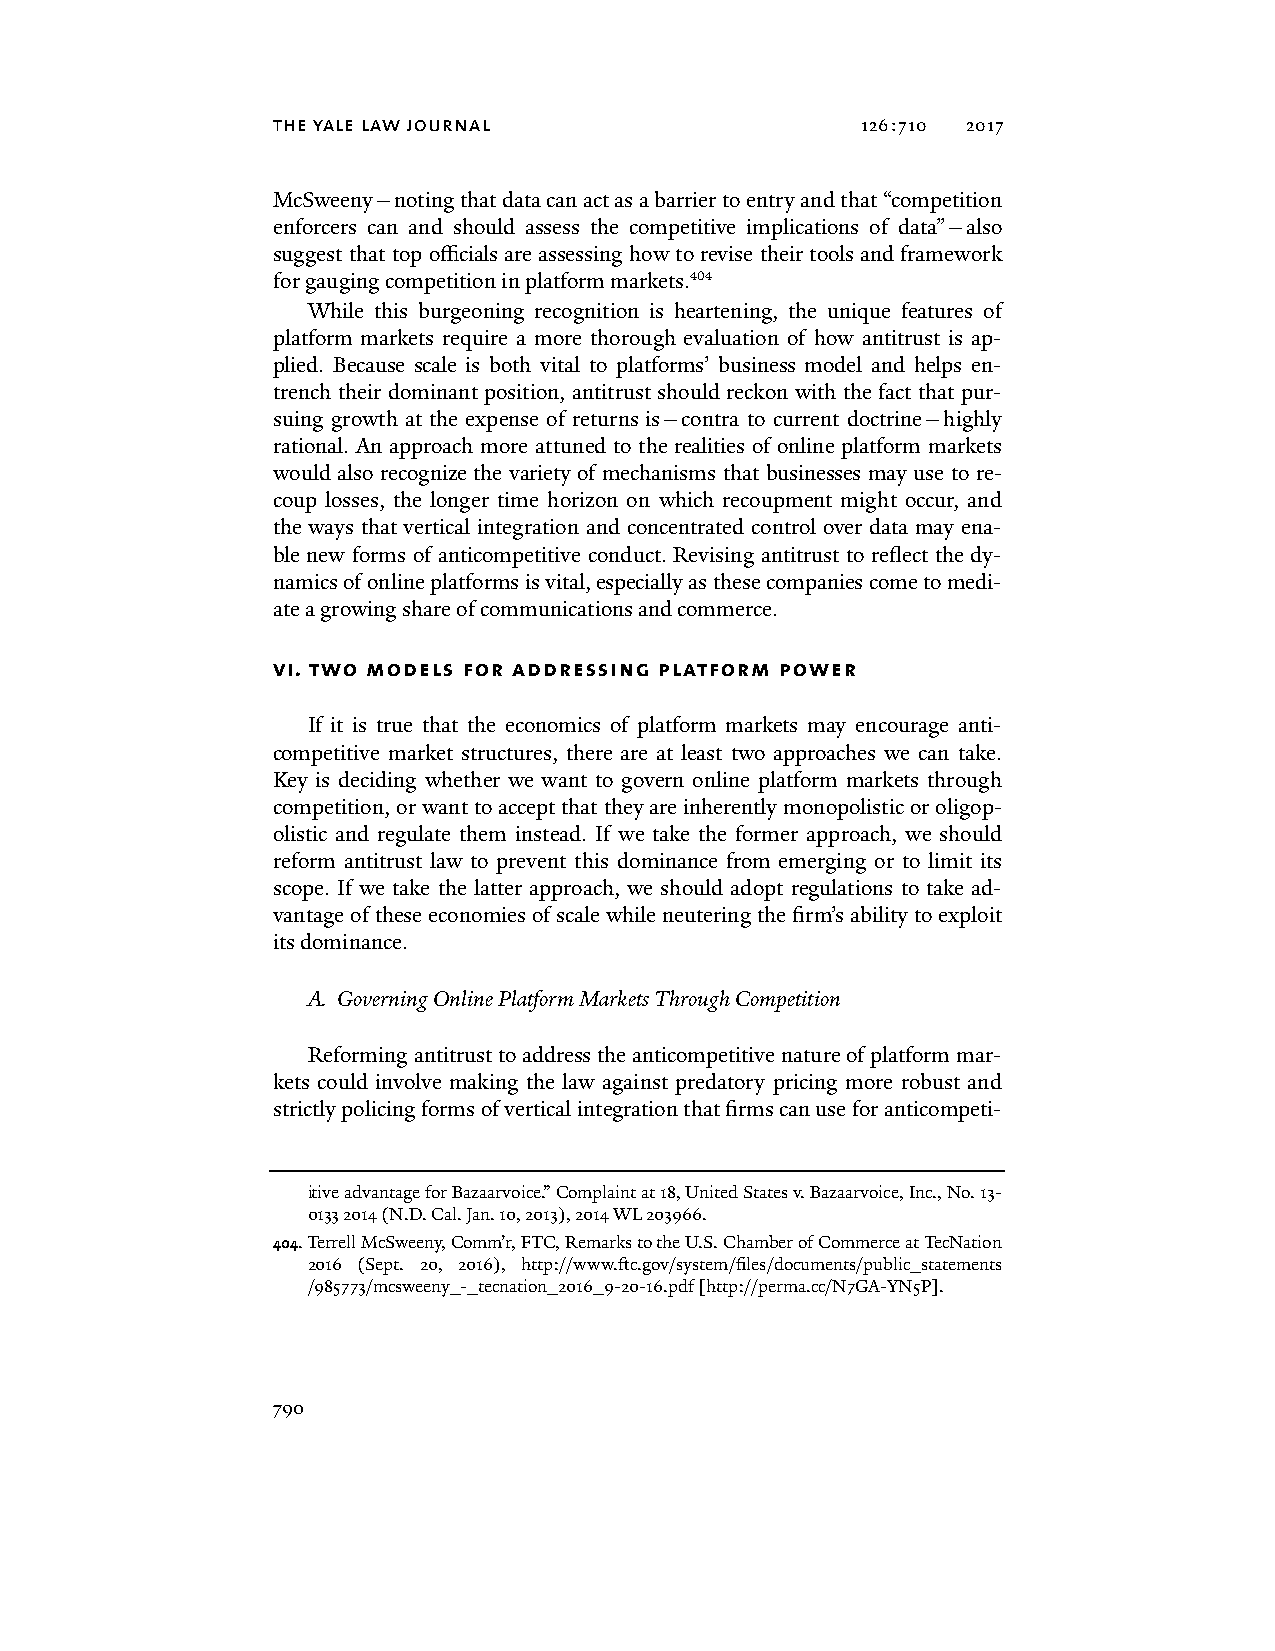
the yale law journal                   126:710 2017
 McSweeny—noting that data can act as a barrier to entry and that “competition
 enforcers can and should assess the competitive implications of data”—also
 suggest that top officials are assessing how to revise their tools and framework
 for gauging competition in platform markets.404
 While this burgeoning recognition is heartening, the unique features of
 platform markets require a more thorough evaluation of how antitrust is ap-
 plied. Because scale is both vital to platforms’ business model and helps en-
 trench their dominant position, antitrust should reckon with the fact that pur-
 suing growth at the expense of returns is—contra to current doctrine—highly
 rational. An approach more attuned to the realities of online platform markets
 would also recognize the variety of mechanisms that businesses may use to re-
 coup losses, the longer time horizon on which recoupment might occur, and
 the ways that vertical integration and concentrated control over data may ena-
 ble new forms of anticompetitive conduct. Revising antitrust to reflect the dy-
 namics of online platforms is vital, especially as these companies come to medi-
 ate a growing share of communications and commerce.
 vi. two models for addressing platform power
 If it is true that the economics of platform markets may encourage anti-
 competitive market structures, there are at least two approaches we can take.
 Key is deciding whether we want to govern online platform markets through
 competition, or want to accept that they are inherently monopolistic or oligop-
 olistic and regulate them instead. If we take the former approach, we should
 reform antitrust law to prevent this dominance from emerging or to limit its
 scope. If we take the latter approach, we should adopt regulations to take ad-
 vantage of these economies of scale while neutering the firm’s ability to exploit
 its dominance.
 A. Governing Online Platform Markets Through Competition
 Reforming antitrust to address the anticompetitive nature of platform mar-
 kets could involve making the law against predatory pricing more robust and
 strictly policing forms of vertical integration that firms can use for anticompeti-
 itive advantage for Bazaarvoice.” Complaint at 18, United States v. Bazaarvoice, Inc., No. 13-
 0133 2014 (N.D. Cal. Jan. 10, 2013), 2014 WL 203966.
 404. Terrell McSweeny, Comm’r, FTC, Remarks to the U.S. Chamber of Commerce at TecNation
 2016 (Sept. 20, 2016), http://www.ftc.gov/system/files/documents/public_statements
 /985773/mcsweeny_-_tecnation_2016_9-20-16.pdf [http://perma.cc/N7GA-YN5P].
 790